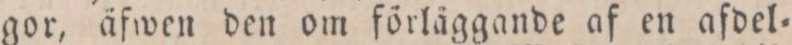
gor, äfwen den om förläggande af en afdel=